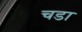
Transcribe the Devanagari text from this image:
चडा